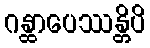
ဂန္ထာပေဿန္တိပိ